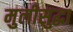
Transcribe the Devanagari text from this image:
मुलीसुद्धा